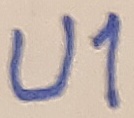
Text: U1